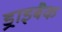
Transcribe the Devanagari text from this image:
ड्राइबैक